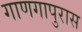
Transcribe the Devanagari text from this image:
गाणगापुरास